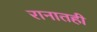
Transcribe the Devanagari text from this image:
रानातही